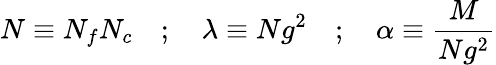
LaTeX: N\equiv N_{f}N_{c}\quad;\quad\lambda\equiv Ng^{2}\quad;\quad\alpha\equiv{\frac{M}{Ng^{2}}}